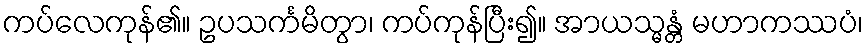
ကပ်လေကုန်၏။ ဥပသင်္ကမိတွာ၊ ကပ်ကုန်ပြီး၍။ အာယသ္မန္တံ မဟာကဿပံ၊